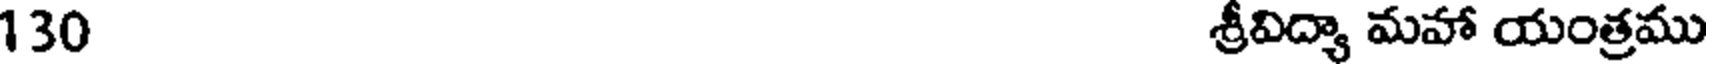
130 శ్రీవిద్యా మహా యంత్రము